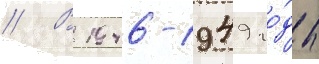
// В 1946-1949 го́ды